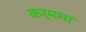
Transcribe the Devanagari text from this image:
कर्ममां